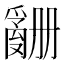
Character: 𬋶